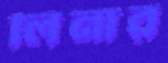
লিনার